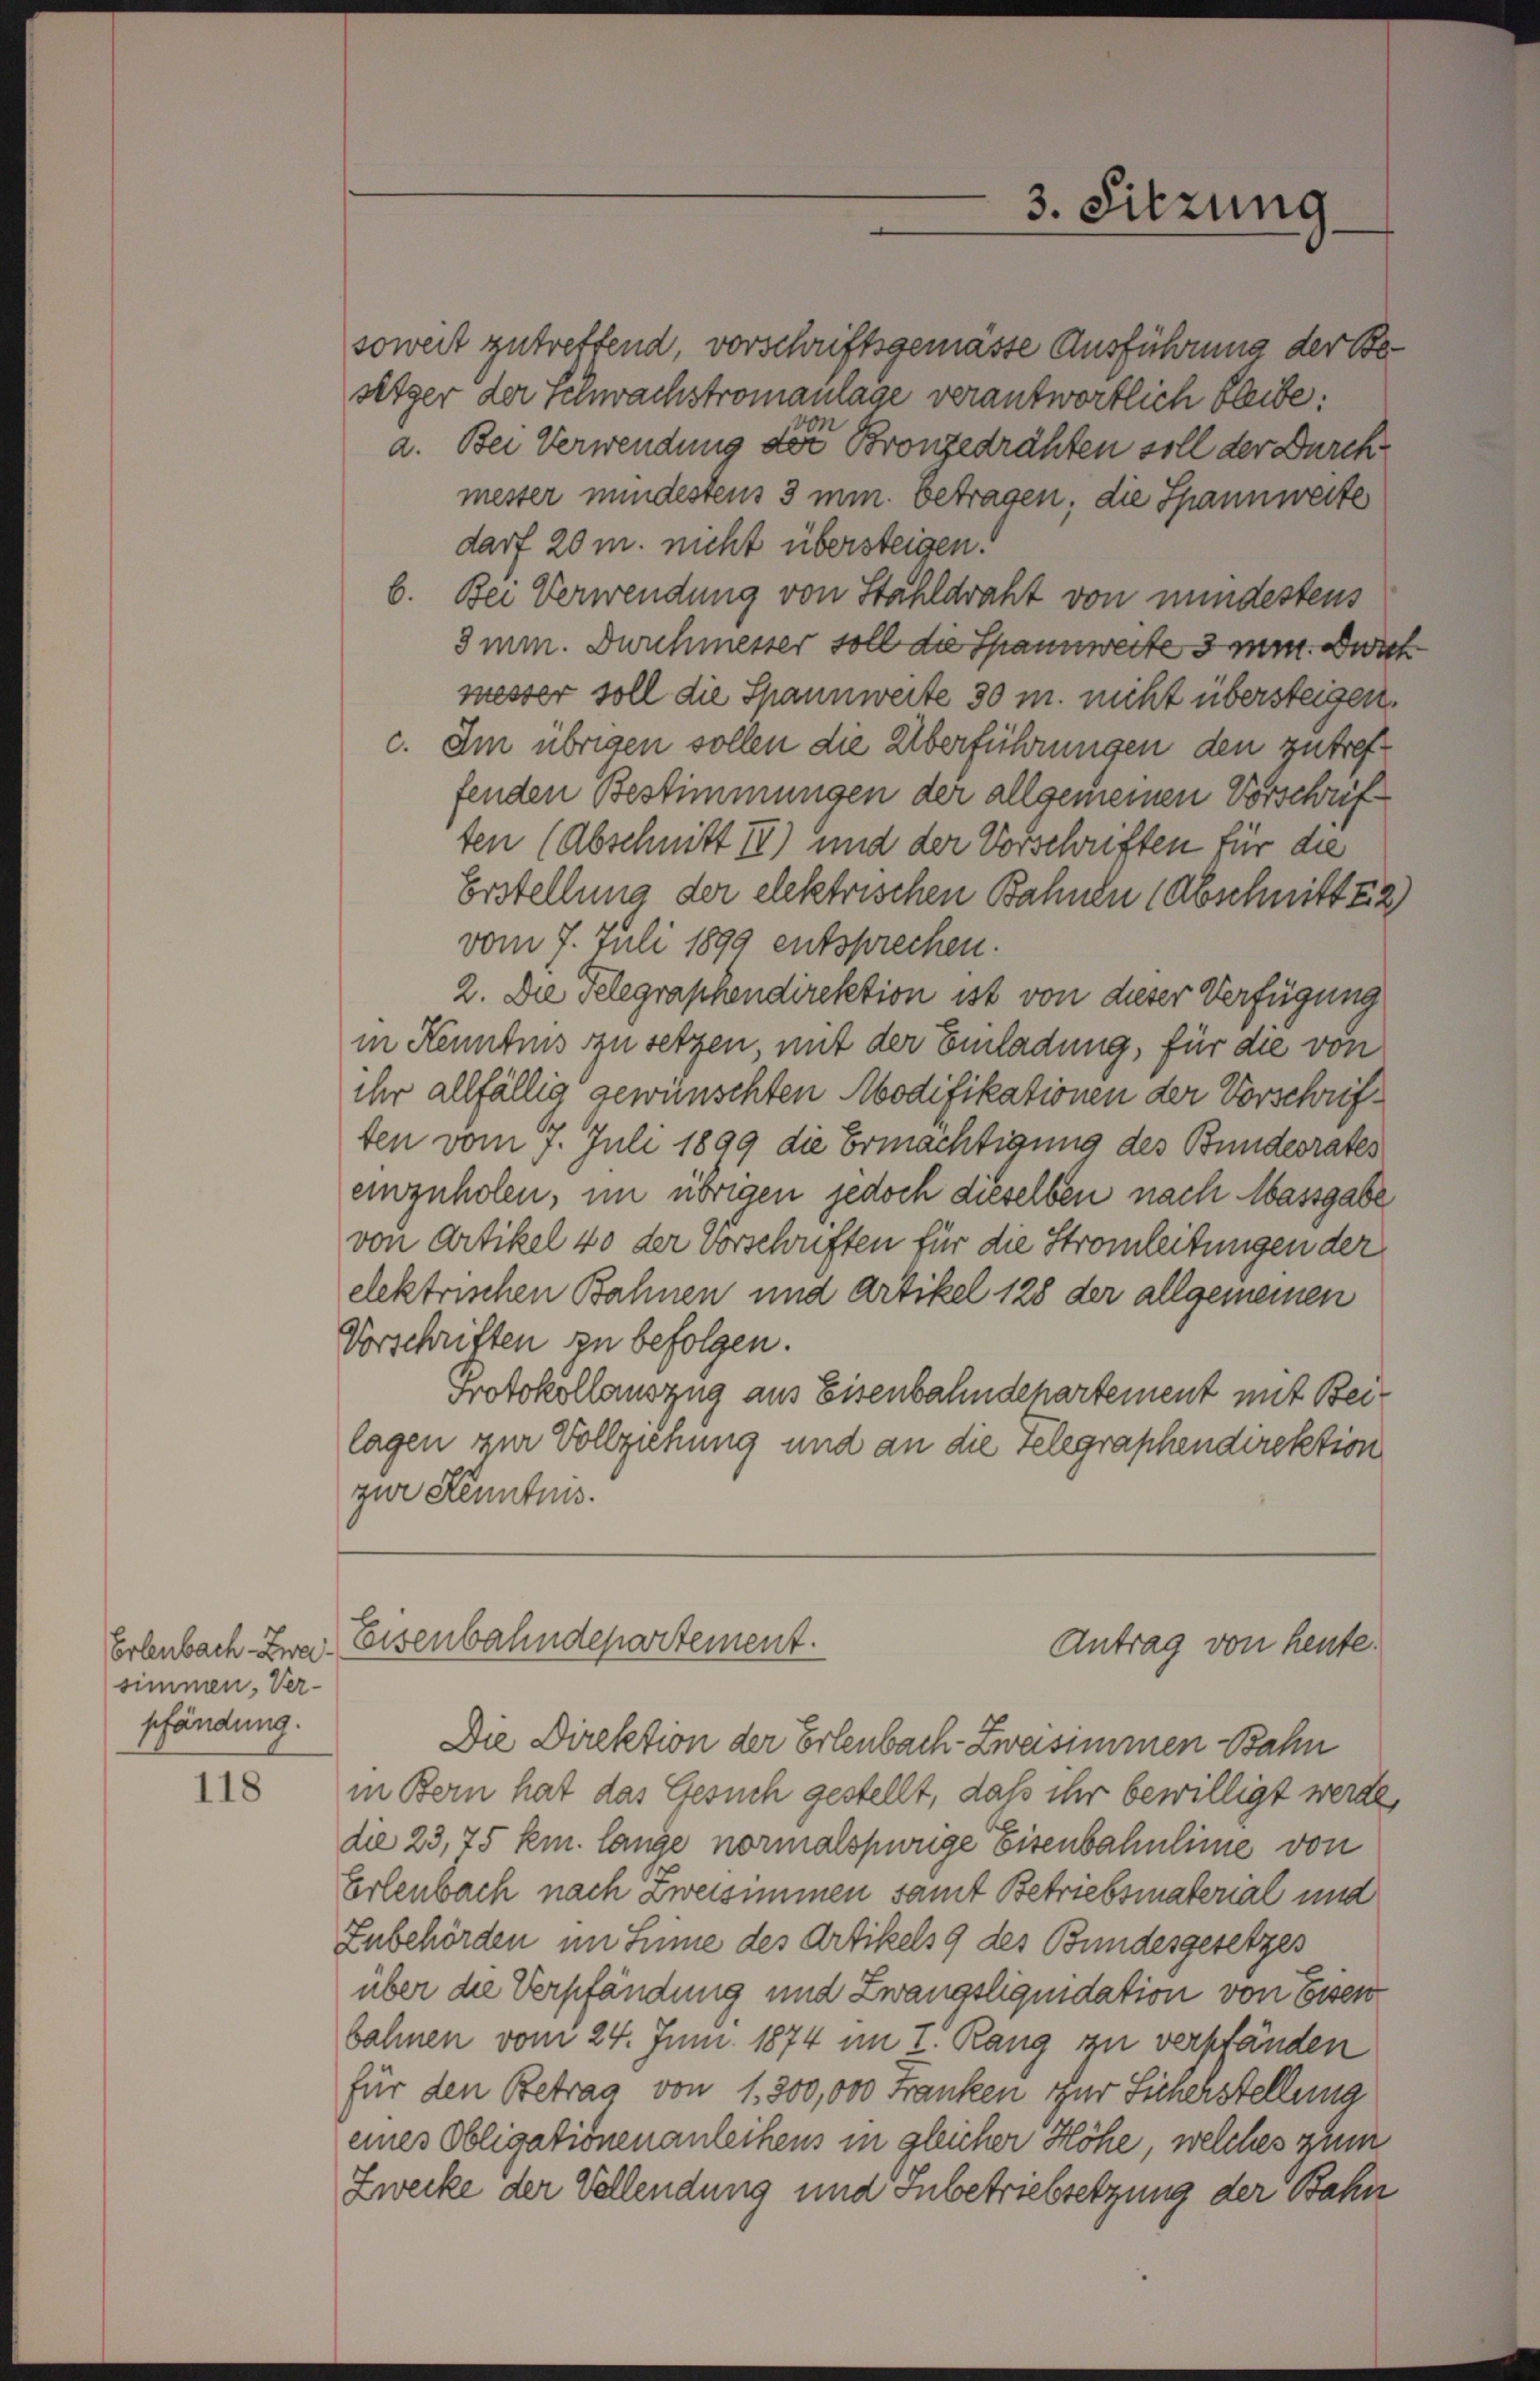
Erlenbach Zweisimmen, Ver-
pfändung.

118

soweit zutrettend, vorschriftsgemässe Ausführung der Besitzer der Schwachstromanlage verantwortlich bleibe
a. Bei Verwendung der Bronzedrähten soll der Durch
mester mindestens 3 min. betragen, die Spannweite
darf 20 m. nicht übersteigen.
b. Bei Verwendung von Stahldraht von mindestens
3 min. Durchmesser soll die Spannweite 3 min. Durch
messer soll die Spannweite 30 m. nicht übersteigen.
c. Im übrigen sollen die Überführungen den zutreffenden Bestimmungen der allgemeinen Vorschrif
ten (Abschnitt III) und der Vorschriften für die
Erstellung der elektrischen Bahnen (Abschnitt 52)
vom 7. Juli 1899 entsprechen.
2. Die Telegraphendirektion ist von dieser Verfügung
in Kenntnis zu setzen, mit der Einladung, für die von
ihr allfällig gewünschten Modifikationen der Vorschriften vom 7. Juli 1899 die Ermächtigung des Bundesrates
einzuholen, im übrigen jedoch dieselben nach Massgabe
von Artikel 40 der Vorschriften für die Stromleitungen der
elektrischen Bahnen und Artikel 128 der allgemeinen
Vorschriften zu befolgen.
Protokollauszug aus Eisenbahndepartement mit Beilagen zur Vollziehung und an die Telegraphendirektion
zur Kenntnis.

3. Sitzung

Eisenbahndepartement.
Antrag von heute.

Die Direktion der Erlenbach- Zweisimmen Bahn
in Bern hat das Gesuch gestellt, daß ihr bewilligt werde,
die 23,75 km. lange normalspurige Eisenbahnlinie von
Erlenbach nach Zweisimmen samt Betriebsmaterial und
Zubehörden im Sinne des Artikels 9 des Bundesgesetzes
über die Verpfändung und Zwangsliquidation von Essen
bahnen vom 24. Juni 1874 im I. Rang zu verpfänden
für den Betrag von 1.300,000 Franken für Sicherstellung
eines Obligationen anleihens in gleicher Höhe, welches zum
Zwecke der Vollendung und Inbetriebsetzung der Bahn